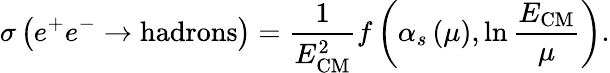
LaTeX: \sigma\left(e^{+}e^{-}\to\mathrm{hadrons}\right)={\frac{1}{E_{\mathrm{CM}}^{2}}}f\left(\alpha_{s}\left(\mu\right),\ln{\frac{E_{\mathrm{CM}}}{\mu}}\right).